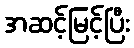
အဆင့်မြင့်ပြီး